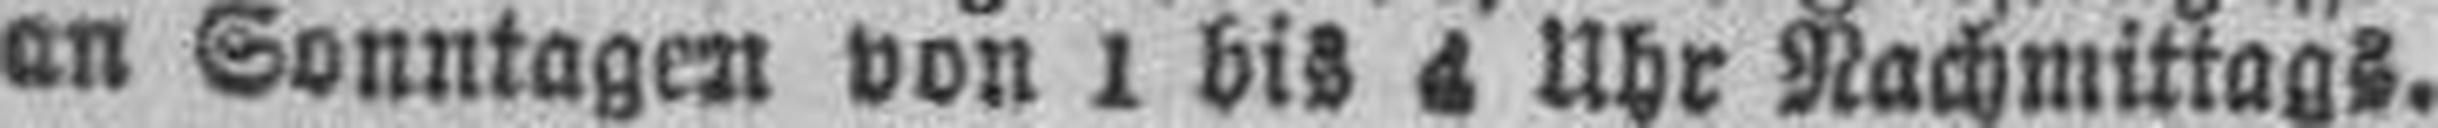
an Sonntagen von 1 bis 4 Uhr Nachmittags.